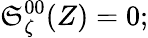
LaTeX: {\cal\mathfrak{S}}_{\zeta}^{00}(Z)=0;